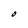
Character: O